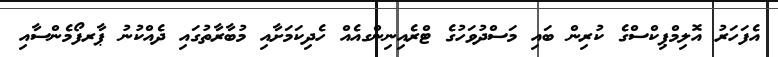
އެފަހަރު އޮލިމްޕިކްސްގެ ކުރިން ބައި މަސްދުވަހުގެ ޓްރެއިނިންގއެއް ހެދިކަމަށާއި މުބާރާތުގައި ދެއްކުނު ޕާރފޯމެންސާއި